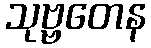
သုဗ္ဗတေန